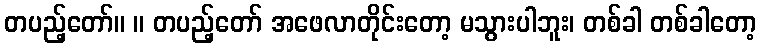
တပည့်တော်။ ။ တပည့်တော် အဖေလာတိုင်းတော့ မသွားပါဘူး၊ တစ်ခါ တစ်ခါတော့